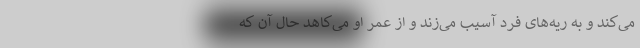
می‌کند و به ریه‌های فرد آسیب می‌زند و از عمر او می‌کاهد حال آن که